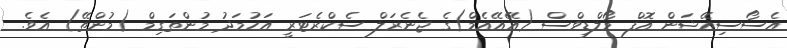
އެސޯސިއޭޝަން އޮފް މޯލްޑިވްސް (އޭއޭއެމް)ގެ ޖެނެރަލް ސެކްރެޓަރީ އަހުމަދު މުންތަގިމް (މުންތޭ) އެވެ.